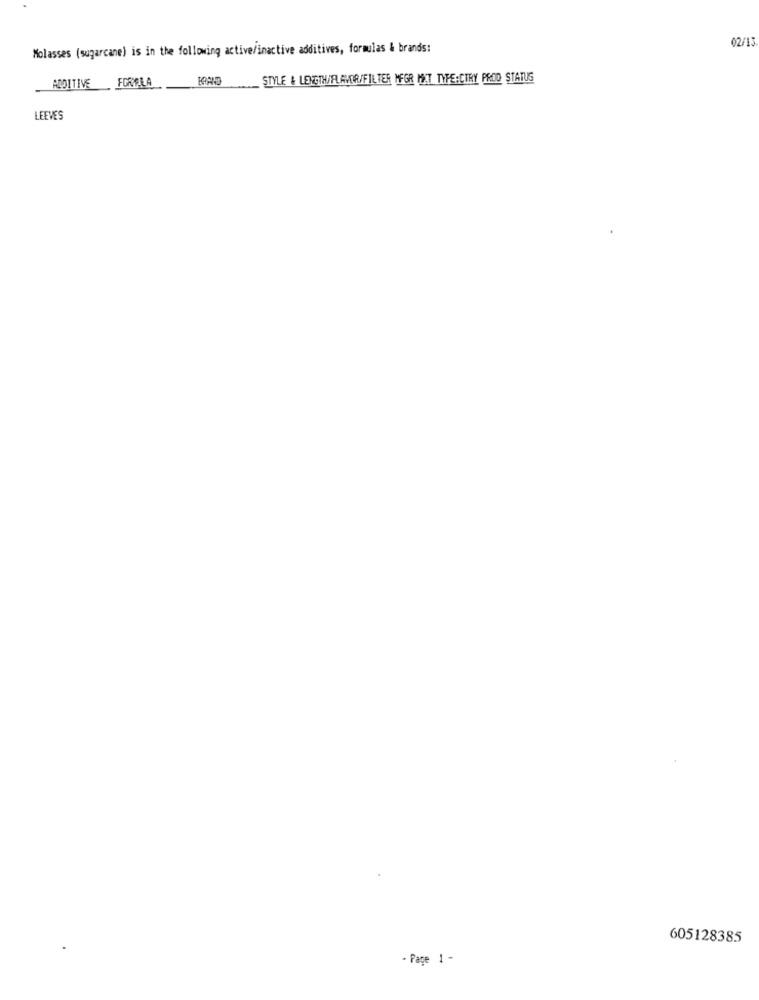
02/13
Molasses (sugarcane) is in the following active/inactive additives, formulas & brands:
ADDITIVE
BRAND
STYLE & LENGTHAFLAVOR/FILTER MFGR MAT TYPE:CTRY PROD STATUS
FORØLA
LEEVES
605128385
- Page 1 -